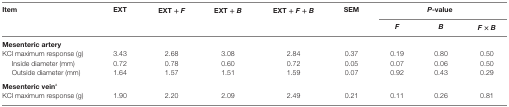
<table><thead><tr><td rowspan="2"><b>Item</b></td><td rowspan="2"><b>EXT</b></td><td rowspan="2"><b>EXT + <i>F</i></b></td><td rowspan="2"><b>EXT + <i>B</i></b></td><td rowspan="2"><b>EXT + <i>F</i> + <i>B</i></b></td><td rowspan="2"><b>SEM</b></td><td colspan="3"><b><i>P</i>-value</b></td></tr><tr><td><b><i>F</i></b></td><td><b><i>B</i></b></td><td><b><i>F</i> × <i>B</i></b></td></tr></thead><tbody><tr><td colspan="9"><b>Mesenteric artery</b></td></tr><tr><td>KCl maximum response (g)</td><td>3.43</td><td>2.68</td><td>3.08</td><td>2.84</td><td>0.37</td><td>0.19</td><td>0.80</td><td>0.50</td></tr><tr><td>Inside diameter (mm)</td><td>0.72</td><td>0.78</td><td>0.60</td><td>0.72</td><td>0.05</td><td>0.07</td><td>0.06</td><td>0.50</td></tr><tr><td>Outside diameter (mm)</td><td>1.64</td><td>1.57</td><td>1.51</td><td>1.59</td><td>0.07</td><td>0.92</td><td>0.43</td><td>0.29</td></tr><tr><td colspan="9"><b>Mesenteric vein</b><sup>a</sup></td></tr><tr><td>KCl maximum response (g)</td><td>1.90</td><td>2.20</td><td>2.09</td><td>2.49</td><td>0.21</td><td>0.11</td><td>0.26</td><td>0.81</td></tr></tbody></table>